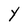
Character: Y